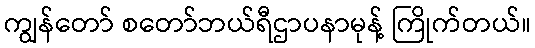
ကျွန်တော် စတော်ဘယ်ရီဌာပနာမုန့် ကြိုက်တယ်။